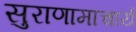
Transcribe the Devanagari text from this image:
सुराणामाचार्य